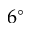
6 ^ { \circ }